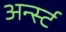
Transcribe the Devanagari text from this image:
अर्न्‍स्ट